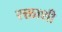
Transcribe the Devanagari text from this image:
रक्ताशी